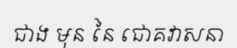
ជាង មុន នៃ ជោគវាសនា